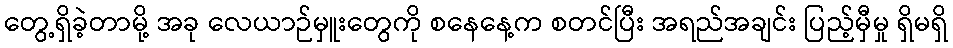
တွေ့ရှိခဲ့တာမို့ အခု လေယာဉ်မှူးတွေကို စနေနေ့က စတင်ပြီး အရည်အချင်း ပြည့်မှီမှု ရှိမရှိ